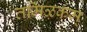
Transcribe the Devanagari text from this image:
तमिऴकम्